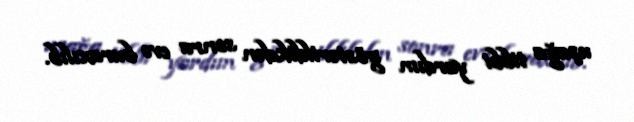
uşağa tibbi yardım göstərildikdən sonra evə buraxılıb.